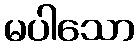
မပါသော